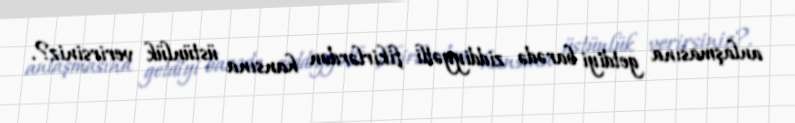
anlaşmasına getdiyi barədə ziddiyyətli fikirlərdən hansına üstünlük verirsiniz?.